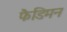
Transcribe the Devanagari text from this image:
फैडिमन